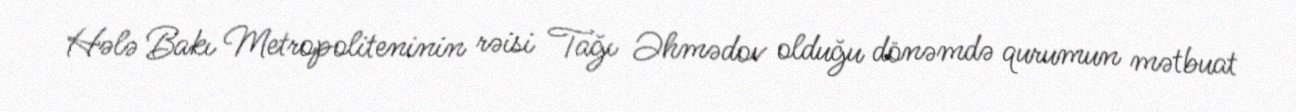
Hələ Bakı Metropoliteninin rəisi Tağı Əhmədov olduğu dönəmdə qurumun mətbuat